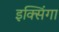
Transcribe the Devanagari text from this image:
इक्सिंगा